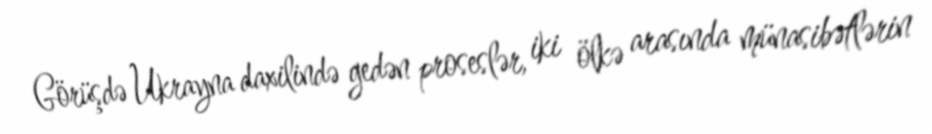
Görüşdə Ukrayna daxilində gedən proseslər, iki ölkə arasında münasibətlərin